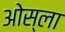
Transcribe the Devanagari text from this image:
ओस्ला